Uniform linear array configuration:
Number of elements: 32
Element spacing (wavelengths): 0.25
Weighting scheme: hann
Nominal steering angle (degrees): -60
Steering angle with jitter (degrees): -59.726
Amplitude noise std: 0.05
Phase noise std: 0.05

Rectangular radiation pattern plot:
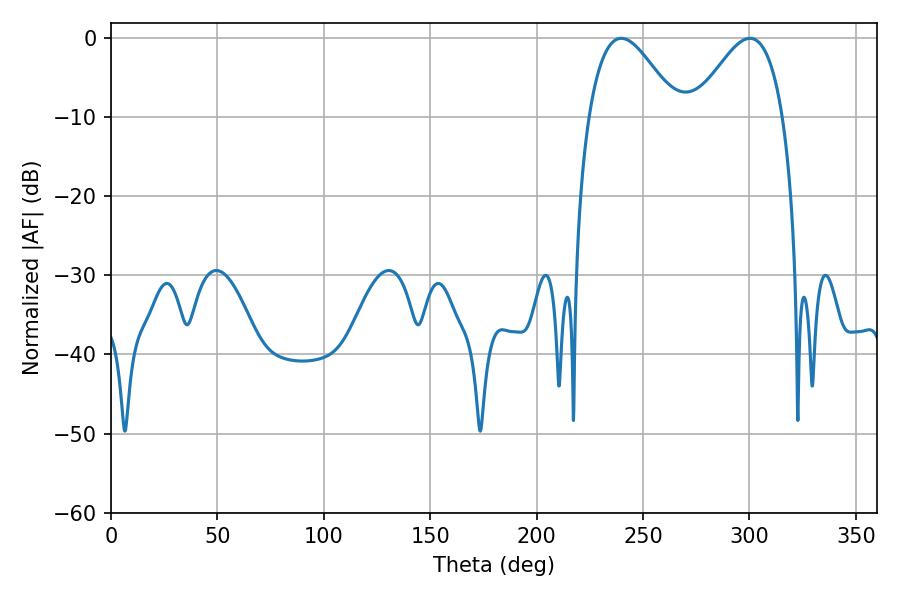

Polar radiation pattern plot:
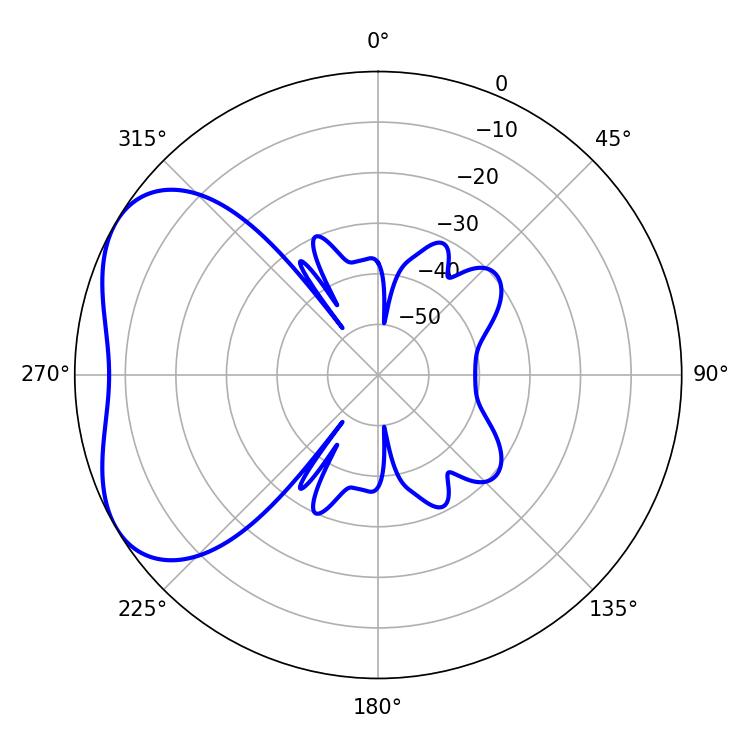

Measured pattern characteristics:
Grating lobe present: FALSE
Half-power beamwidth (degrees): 22.32
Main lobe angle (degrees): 239.76